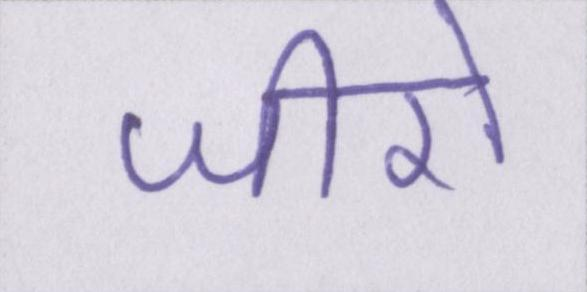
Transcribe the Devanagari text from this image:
जीरो